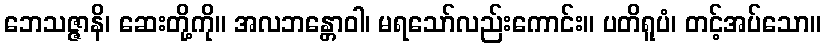
ဘေသဇ္ဇာနိ၊ ဆေးတို့ကို။ အလဘန္တောဝါ၊ မရသော်လည်းကောင်း။ ပတိရူပံ၊ တင့်အပ်သော။